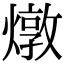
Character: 燉